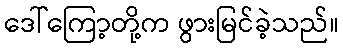
ဒေါ်ကြော့တို့က ဖွားမြင်ခဲ့သည်။